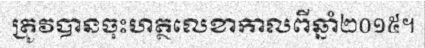
ត្រូវបានចុះហត្ថលេខាកាលពីឆ្នាំ២០១៥។